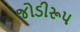
જોડીરૂપ